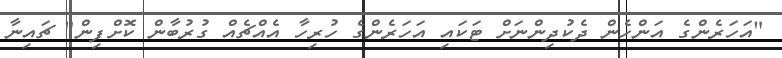
"އަހަރެންގެ އަންހެން ދެކުދިންނަށް ޓަކައި އަހަރެންގެ ހުރިހާ އެއްޗެއް ގުރުބާން ކޮށްފިން" ޗައިނާ